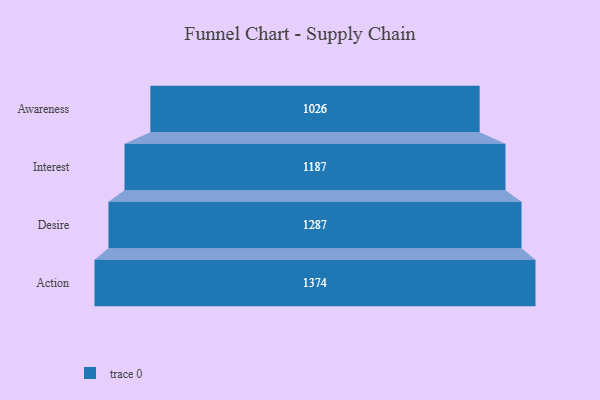
{"axis": {"x": "Stage", "y": "Value"}, "legend": [""], "data": [{"x": "Awareness", "y": 1026.0, "type": ""}, {"x": "Interest", "y": 1187.0, "type": ""}, {"x": "Desire", "y": 1287.0, "type": ""}, {"x": "Action", "y": 1374.0, "type": ""}]}